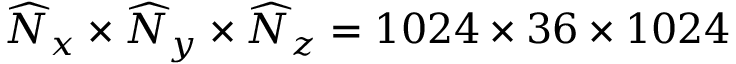
\widehat { N } _ { x } \times \widehat { N } _ { y } \times \widehat { N } _ { z } = 1 0 2 4 \times 3 6 \times 1 0 2 4